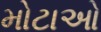
મોટાઓ